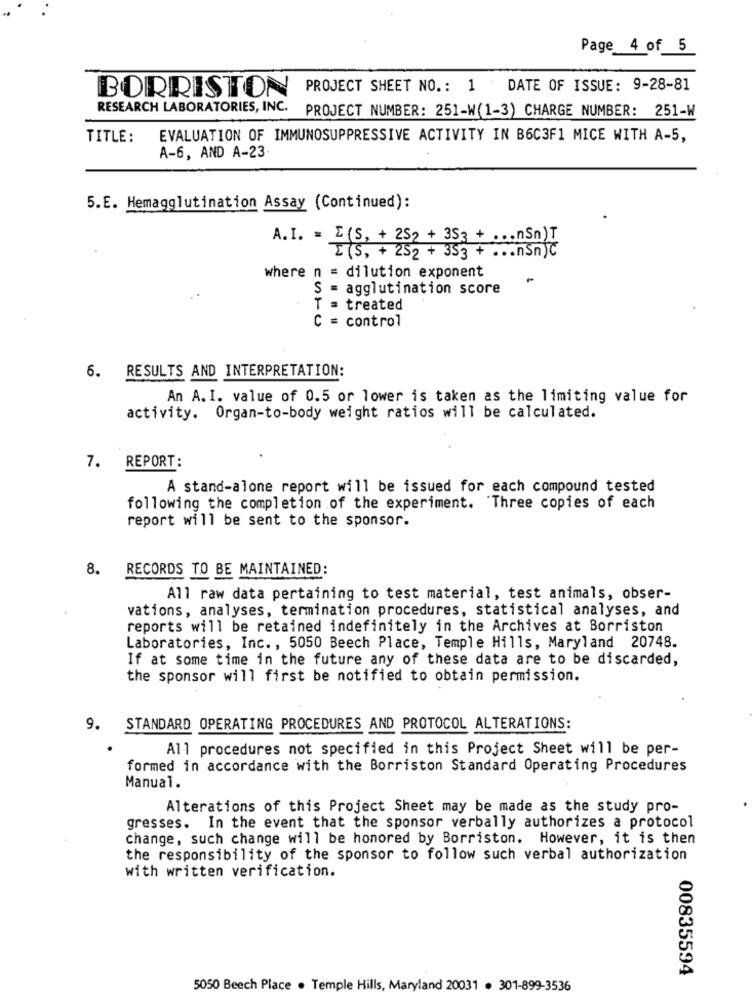
Page 4 of 5
BORRISTON
PROJECT SHEET NO. : 1.
DATE OF ISSUE: 9-28-81
RESEARCH LABORATORIES, INC.
PROJECT NUMBER: 251-W(1-3) CHARGE NUMBER: 251-W
TITLE: EVALUATION OF IMMUNOSUPPRESSIVE ACTIVITY IN B6C3F1 MICE WITH A-5,
A-6, AND A-23
5.E. Hemagglutination Assay (Continued):
A.I. = E (S, + 252 + 353 + .nSn)T
E (S, + 252 + 353 + ... nSn)C
where n = dilution exponent
.
S = agglutination score
T = treated
C = control
6. RESULTS AND INTERPRETATION:
An A. I. value of 0.5 or lower is taken as the limiting value for
activity. Organ-to-body weight ratios will be calculated.
7. REPORT:
A stand-alone report will be issued for each compound tested
following the completion of the experiment. Three copies of each
report will be sent to the sponsor.
8. RECORDS TO BE MAINTAINED:
All raw data pertaining to test material, test animals, obser-
vations, analyses, termination procedures, statistical analyses, and
reports will be retained indefinitely in the Archives at Borriston
Laboratories, Inc ., 5050 Beech Place, Temple Hills, Maryland 20748.
If at some time in the future any of these data are to be discarded,
the sponsor will first be notified to obtain permission.
9. STANDARD OPERATING PROCEDURES AND PROTOCOL ALTERATIONS:
All procedures not specified in this Project Sheet will be per-
formed in accordance with the Borriston Standard Operating Procedures
Manual.
Alterations of this Project Sheet may be made as the study pro-
gresses. In the event that the sponsor verbally authorizes a protocol
change, such change will be honored by Borriston. However, it is then
the responsibility of the sponsor to follow such verbal authorization
with written verification.
00835594
5050 Beech Place . Temple Hills, Maryland 20031 . 301-899-3536